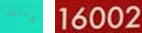
كانت 16002